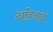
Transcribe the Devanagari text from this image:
दाहिआवाँ